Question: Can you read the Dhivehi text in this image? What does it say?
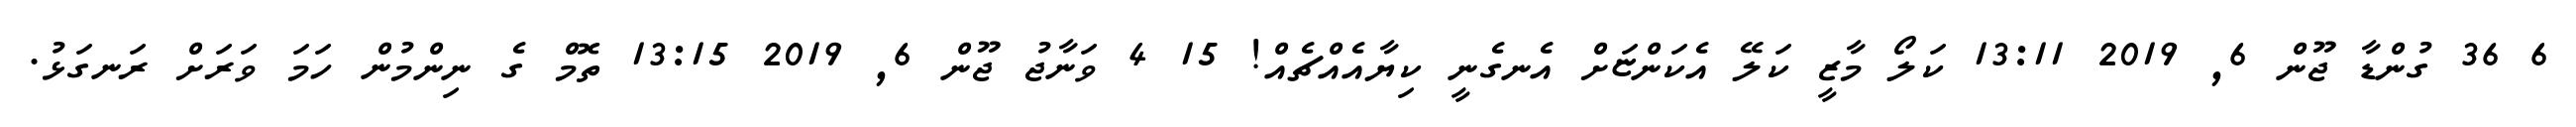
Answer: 6 36 ގުންޑާ ޖޫން 6, 2019 13:11 ކަލޯ މާޒީ ކަލޭ އެކަންޏަށް އެނގެނީ ކިޔާއެއްޗެއް! 15 4 ވަނާޖު ޖޫން 6, 2019 13:15 ތޮމް ގެ ނިންމުން ހަމަ ވަރަށް ރަނގަޅު.